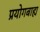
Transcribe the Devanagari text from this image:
प्रयोगबाह्य